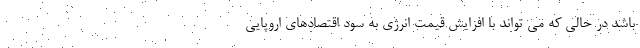
باشد در حالی که می تواند با افزایش قیمت انرژی به سود اقتصادهای اروپایی